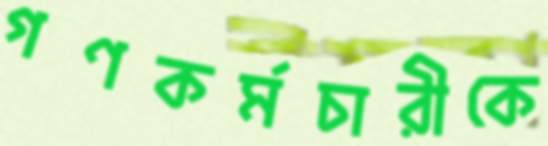
গণকর্মচারীকে